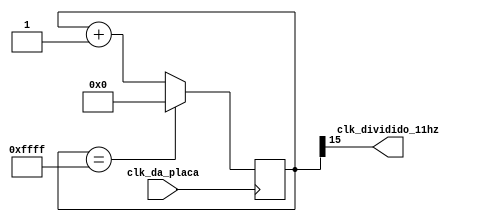
 module divisor_de_frequencia(
    output clk_dividido_11hz, 
    input clk_da_placa
);
    
    reg [15:0] fli_flop_divided;
	 
    initial begin
        fli_flop_divided = 0;
    end
    
    assign clk_dividido_11hz = fli_flop_divided[15];
    
    always @ (posedge clk_da_placa) begin
	 
         if (fli_flop_divided == 16'b1111111111111111) begin
            fli_flop_divided <= 0;
        end
		  else begin
				fli_flop_divided <= fli_flop_divided + 1'b1;
			end
        
    end
    
 endmodule